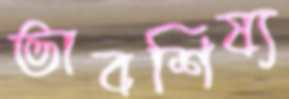
ভাবশিষ্য